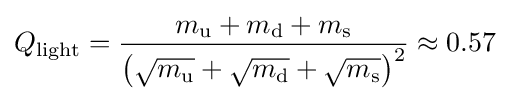
Q_{\text{light}}={\frac {m_{\text{u}}+m_{\text{d}}+m_{\text{s}}}{\left({\sqrt {m_{\text{u}}}}+{\sqrt {m_{\text{d}}}}+{\sqrt {m_{\text{s}}}}\right)^{2}}}\approx 0.57